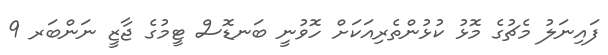
ފައިނަލު މެޗުގެ މޮޅު ކުޅުންތެރިއަކަށް ހޮވުނީ ބަނޑޮސް ޓީމުގެ ޖާޒީ ނަންބަރ 9